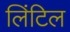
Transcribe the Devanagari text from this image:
लिंटिल